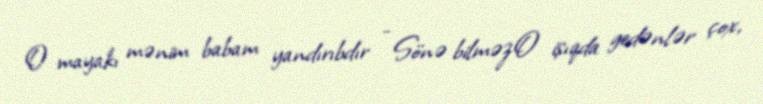
O mayakı mənim babam yandırıbdır - Sönə bilməzO işıqda gedənlər çox,